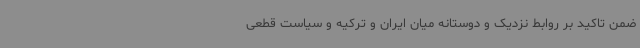
ضمن تاکید بر روابط نزدیک و دوستانه میان ایران و ترکیه و سیاست قطعی